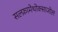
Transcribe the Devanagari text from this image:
सल्‍फ़ामेथोक्‍साजोल